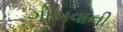
ગોખવાની